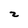
Character: 2